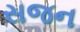
સજન